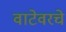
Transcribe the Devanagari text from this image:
वाटेवरचे